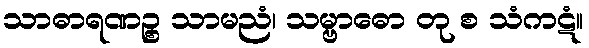
သာဓာရဏဉ္စ သာမညံ၊ သမ္ဗာဓော တု စ သံကဋံ။